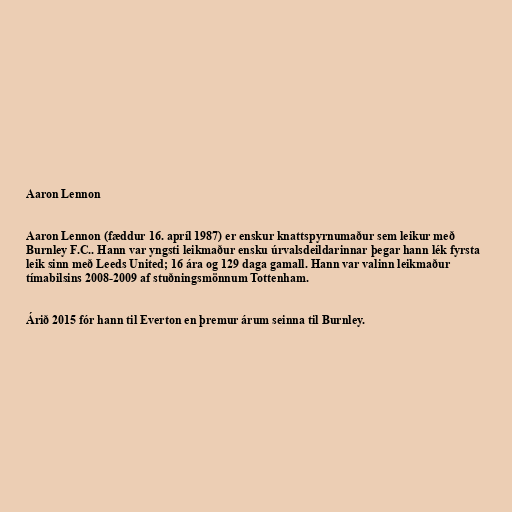
Aaron Lennon

Aaron Lennon (fæddur 16. apríl 1987) er enskur knattspyrnumaður sem leikur með
Burnley F.C.. Hann var yngsti leikmaður ensku úrvalsdeildarinnar þegar hann lék fyrsta
leik sinn með Leeds United; 16 ára og 129 daga gamall. Hann var valinn leikmaður
tímabilsins 2008-2009 af stuðningsmönnum Tottenham.

Árið 2015 fór hann til Everton en þremur árum seinna til Burnley.